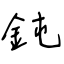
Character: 鈍